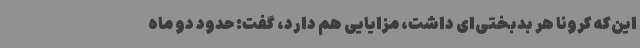
این‌که کرونا هر بدبختی‌ای داشت، مزایایی هم دارد، گفت: حدود دو ماه